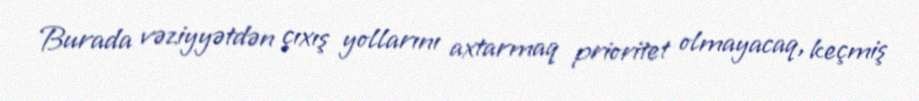
Burada vəziyyətdən çıxış yollarını axtarmaq prioritet olmayacaq, keçmiş